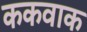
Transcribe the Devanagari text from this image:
ककवाक